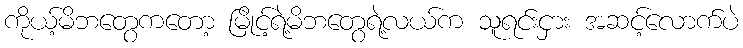
ကိုယ့်မိဘတွေကတော့ မြိုင့်ရဲ့မိဘတွေရဲ့လယ်က သူရင်းငှား အဆင့်လောက်ပဲ